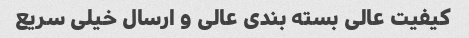
کیفیت عالی بسته بندی عالی و ارسال خیلی سریع